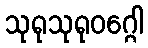
သုရုသုရုဝဂ္ဂေါ